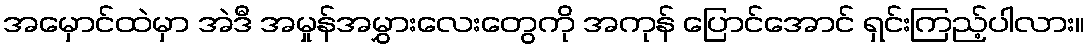
အမှောင်ထဲမှာ အဲဒီ အမှုန်အမွှားလေးတွေကို အကုန် ပြောင်အောင် ရှင်းကြည့်ပါလား။